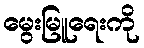
မွေးမြူရေးကို